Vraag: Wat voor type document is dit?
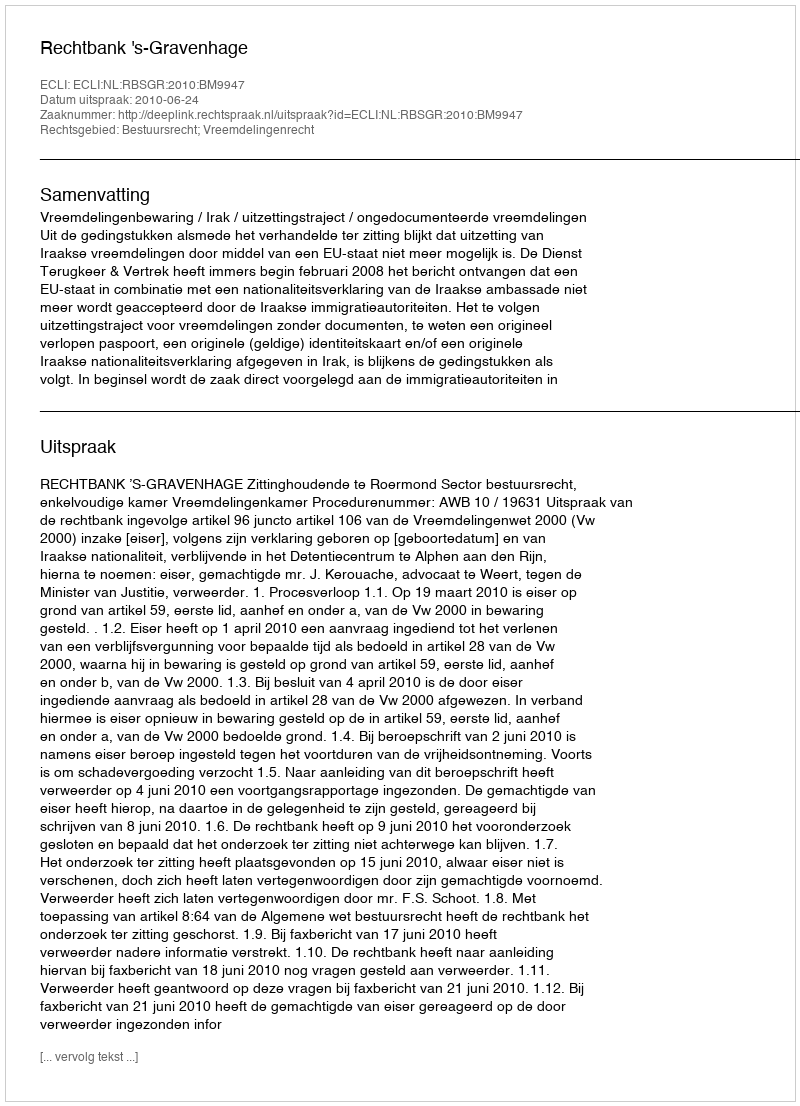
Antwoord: Uitspraak